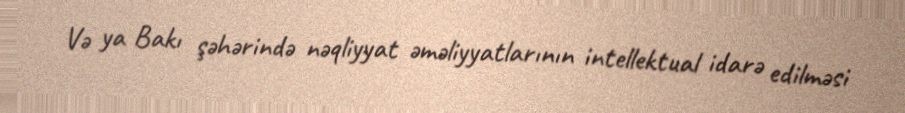
Və ya Bakı şəhərində nəqliyyat əməliyyatlarının intellektual idarə edilməsi